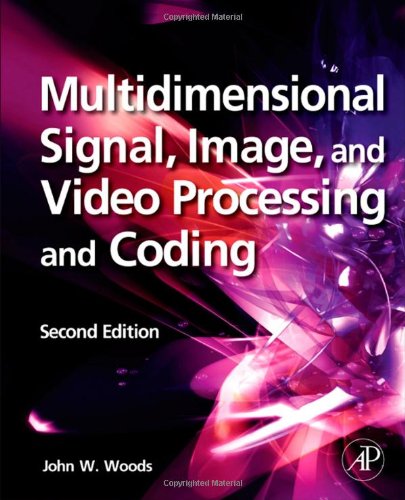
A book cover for Multidimensional Signal, Image, and Video Processing and Coding, Second Edition; John W. Woods; Computers & Technology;